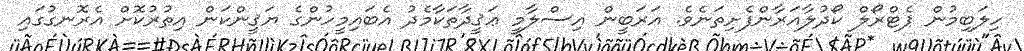
ހިލަބިމުން ޕެޓްރޯލް ކޯދުލާއަރާންފެށިތަނެވެ. އަރަބީން އިސްލާމީ ޢަޤީދާތަކާމެދު އެބައިމީހުންގެ ޔަޤީންކަން އިތުރުކޮށް އެރޮނގުގައި